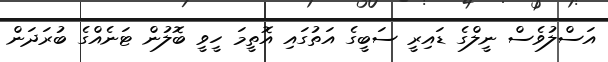
އަސްލުވެސް ނީލްގެ ޑައިރީ ސަބީގެ އަތުގައި އޮތީމަ ހީވީ ބޮލުން ޓަނެއްގެ ބުރަދަން